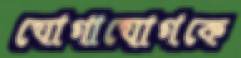
যোগাযোগকে